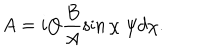
LaTeX: A = i Q \frac { B } { A } \sin \chi \; \psi d \chi .